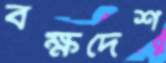
বক্ষদেশ